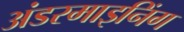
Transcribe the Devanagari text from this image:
अंडरमाइनिंग